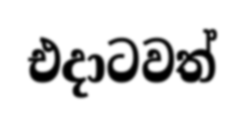
එදාටවත්